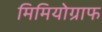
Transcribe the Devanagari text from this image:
मिमियोग्राफ